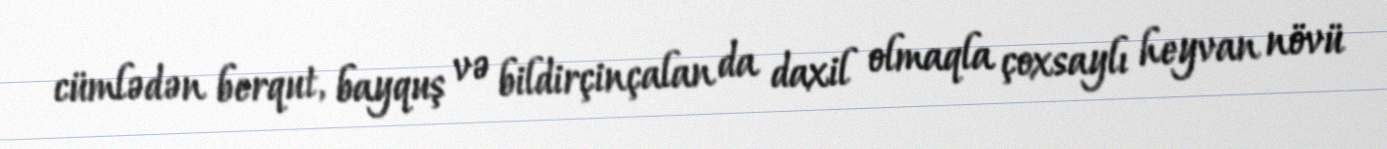
cümlədən berqut, bayquş və bildirçinçalan da daxil olmaqla çoxsaylı heyvan növü